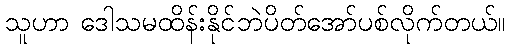
သူဟာ ဒေါသမထိန်းနိုင်ဘဲပိတ်အော်ပစ်လိုက်တယ်။